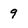
Character: 9